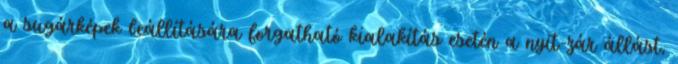
a sugárképek beállítására forgatható kialakítás esetén a nyit-zár állást,